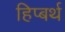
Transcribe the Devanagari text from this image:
हिप्बर्थ